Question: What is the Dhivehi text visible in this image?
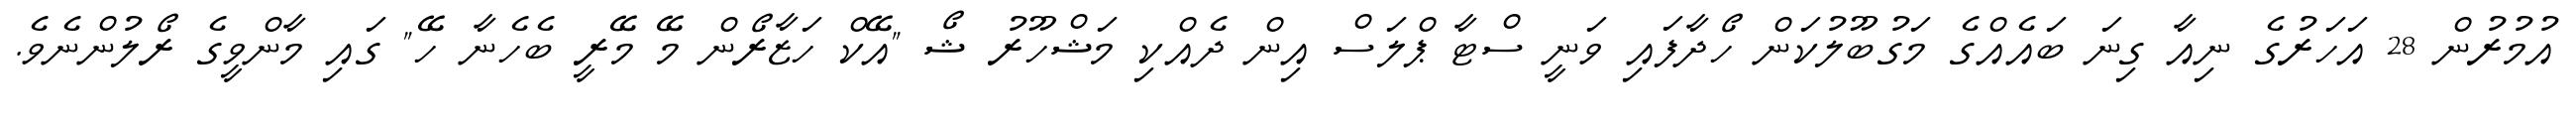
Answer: އުމުރުން 28 އަހަރުގެ ނިއާ ގިނަ ބައެއްގެ މަގުބޫލުކަން ހޯދާފައި ވަނީ ސްޓާ ޕްލަސް އިން ދެއްކި މަޝްހޫރު ޝޯ "އޭކް ހަޒާރޯން މޭ މޭރީ ބެހެނާ ހޭ" ގައި މާންވީގެ ރޯލުންނެވެ.